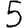
Digit: 5